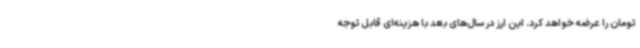
تومان را عرضه خواهد کرد. این ارز در سال‌های بعد با هزینه‌ای قابل توجه